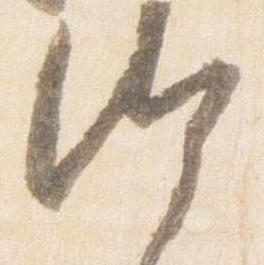
汰